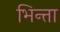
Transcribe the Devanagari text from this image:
भिन्ता